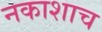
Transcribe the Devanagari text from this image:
नकाशाच